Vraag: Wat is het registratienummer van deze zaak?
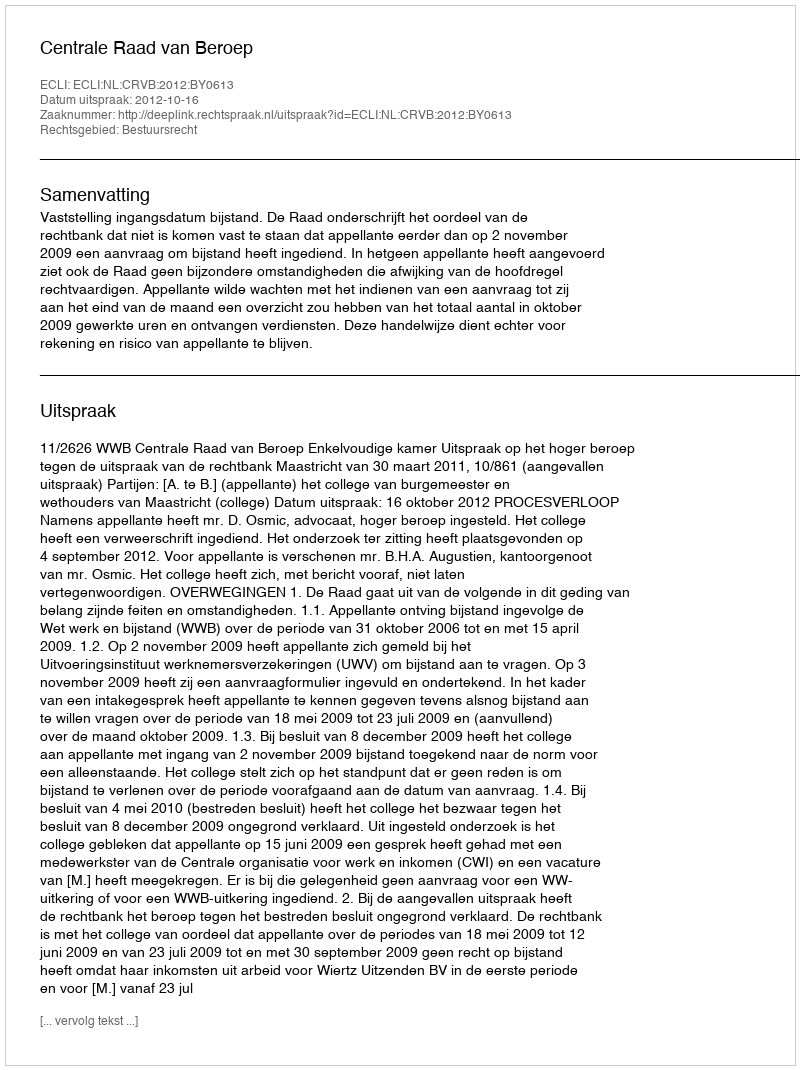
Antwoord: http://deeplink.rechtspraak.nl/uitspraak?id=ECLI:NL:CRVB:2012:BY0613